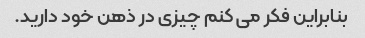
بنابراین فکر می کنم چیزی در ذهن خود دارید.